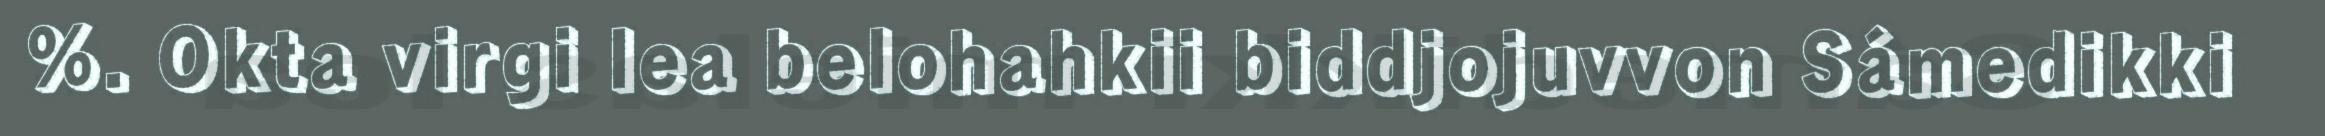
%. Okta virgi lea belohahkii biddjojuvvon Sámedikki